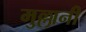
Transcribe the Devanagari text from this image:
मुल्लानी